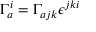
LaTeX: \Gamma _ { a } ^ { i } = \Gamma _ { a j k } \epsilon ^ { j k i }